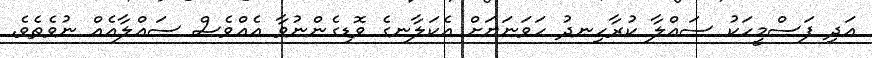
އަދި ފަސްމީހަކު ސައްލާ ކުރާހިނދު ހަވަނަޔަށް އެކަލާނގެ ވޮޑިގެންނުވާ އެއްވެސް ސައްލާއެއް ނުވެތެވެ.